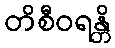
တိစီဝရန္တိ